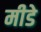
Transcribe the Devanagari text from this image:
मीडे